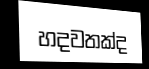
හදවතක්ද